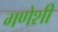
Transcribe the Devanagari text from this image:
गणेशी